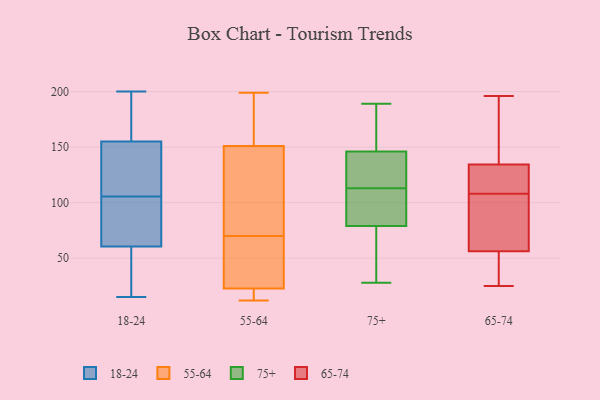
{"axis": {"x": "Satisfaction Score", "y": "Value"}, "legend": ["18-24", "55-64", "65-74", "75+"], "data": [{"x": "", "y": 70, "type": "18-24"}, {"x": "", "y": 150, "type": "18-24"}, {"x": "", "y": 200, "type": "18-24"}, {"x": "", "y": 51, "type": "18-24"}, {"x": "", "y": 138, "type": "18-24"}, {"x": "", "y": 184, "type": "18-24"}, {"x": "", "y": 46, "type": "18-24"}, {"x": "", "y": 82, "type": "18-24"}, {"x": "", "y": 19, "type": "18-24"}, {"x": "", "y": 97, "type": "18-24"}, {"x": "", "y": 15, "type": "18-24"}, {"x": "", "y": 180, "type": "18-24"}, {"x": "", "y": 114, "type": "18-24"}, {"x": "", "y": 160, "type": "18-24"}, {"x": "", "y": 92, "type": "18-24"}, {"x": "", "y": 129, "type": "18-24"}, {"x": "", "y": 78, "type": "18-24"}, {"x": "", "y": 47, "type": "18-24"}, {"x": "", "y": 127, "type": "18-24"}, {"x": "", "y": 162, "type": "18-24"}, {"x": "", "y": 92, "type": "55-64"}, {"x": "", "y": 12, "type": "55-64"}, {"x": "", "y": 13, "type": "55-64"}, {"x": "", "y": 18, "type": "55-64"}, {"x": "", "y": 198, "type": "55-64"}, {"x": "", "y": 19, "type": "55-64"}, {"x": "", "y": 65, "type": "55-64"}, {"x": "", "y": 199, "type": "55-64"}, {"x": "", "y": 163, "type": "55-64"}, {"x": "", "y": 70, "type": "55-64"}, {"x": "", "y": 34, "type": "55-64"}, {"x": "", "y": 85, "type": "55-64"}, {"x": "", "y": 184, "type": "55-64"}, {"x": "", "y": 115, "type": "55-64"}, {"x": "", "y": 70, "type": "55-64"}, {"x": "", "y": 151, "type": "75+"}, {"x": "", "y": 189, "type": "75+"}, {"x": "", "y": 28, "type": "75+"}, {"x": "", "y": 146, "type": "75+"}, {"x": "", "y": 159, "type": "75+"}, {"x": "", "y": 52, "type": "75+"}, {"x": "", "y": 130, "type": "75+"}, {"x": "", "y": 71, "type": "75+"}, {"x": "", "y": 95, "type": "75+"}, {"x": "", "y": 121, "type": "75+"}, {"x": "", "y": 86, "type": "75+"}, {"x": "", "y": 105, "type": "75+"}, {"x": "", "y": 143, "type": "75+"}, {"x": "", "y": 79, "type": "75+"}, {"x": "", "y": 112, "type": "65-74"}, {"x": "", "y": 196, "type": "65-74"}, {"x": "", "y": 128, "type": "65-74"}, {"x": "", "y": 108, "type": "65-74"}, {"x": "", "y": 119, "type": "65-74"}, {"x": "", "y": 61, "type": "65-74"}, {"x": "", "y": 81, "type": "65-74"}, {"x": "", "y": 195, "type": "65-74"}, {"x": "", "y": 77, "type": "65-74"}, {"x": "", "y": 42, "type": "65-74"}, {"x": "", "y": 153, "type": "65-74"}, {"x": "", "y": 25, "type": "65-74"}, {"x": "", "y": 30, "type": "65-74"}]}